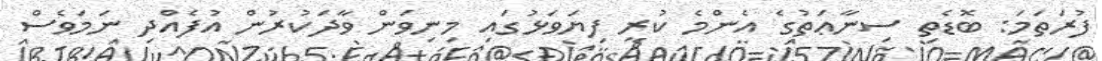
ފުރަތަމަ: ބޮޑެތި ސިނާޢަތުގެ އެންމެ ކުރީ ފިޔަވަޅުގައި މިނިވަން ވާދަކުރުން އުފެއްދި ނަމަވެސް